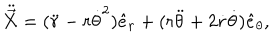
\ddot { \vec { X } } = ( \ddot { r } - r { \dot { \theta } } ^ { 2 } ) \hat { e } _ { r } + ( r \ddot { \theta } + 2 \dot { r } \dot { \theta } ) \hat { e } _ { \theta } ,